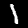
Label: 1